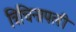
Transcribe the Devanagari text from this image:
त्रिचिनापली